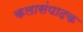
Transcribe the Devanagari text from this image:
कलासंपादक